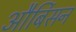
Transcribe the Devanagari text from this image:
और्बिसन